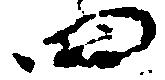
四